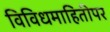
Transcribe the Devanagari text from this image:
विविधमाहितीपर